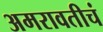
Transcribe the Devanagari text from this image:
अमरावतीचं